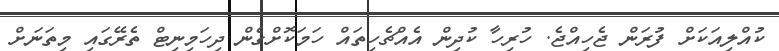
ކުއްލިއަކަށް ފުރަން ޖެހިއްޖެ. ހުރިހާ ކުދިން އެއްޗެހިތައް ހަމަކޮށްގެން ދިހަމިނިޓް ތެރޭގައި މިތަނަށް